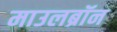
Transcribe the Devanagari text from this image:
माउलब्रॉन